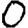
Digit: 0